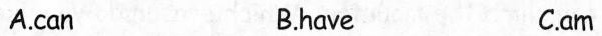
A.can B.have C.am